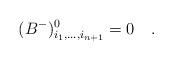
LaTeX: \begin{align*}(B^-)^{0}_{i_1,...,i_{n+1}}=0~~~.\end{align*}